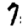
Digit: 7